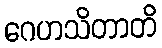
ဂေဟသိတာတိ